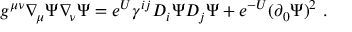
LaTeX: g ^ { \mu \nu } \nabla _ { \! \mu } \Psi \nabla _ { \! \nu } \Psi = e ^ { U } \gamma ^ { i j } D _ { i } \Psi D _ { j } \Psi + e ^ { - U } ( \partial _ { 0 } \Psi ) ^ { 2 } \ .